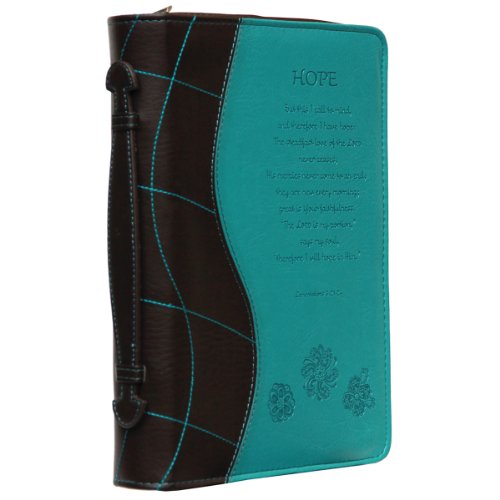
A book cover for Turquoise "Hope" Bible / Book Cover - Lamentations 3:21-24 (Large); Christian Art Gifts; Christian Books & Bibles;